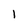
Character: 1